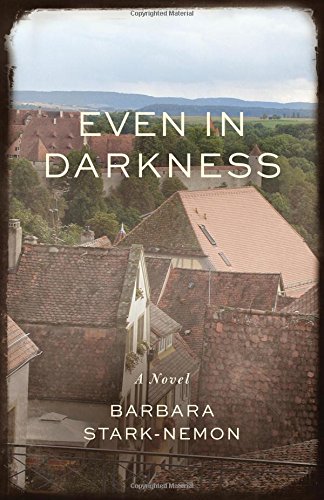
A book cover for Even in Darkness: A Novel; Barbara Stark-Nemon; Literature & Fiction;